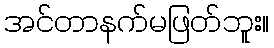
အင်တာနက်မဖြတ်ဘူး။